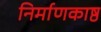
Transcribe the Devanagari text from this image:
निर्माणकाष्ठ